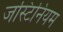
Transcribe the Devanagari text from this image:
जस्टिनियम